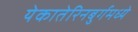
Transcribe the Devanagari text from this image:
येकातेरिनबुर्गमध्ये